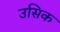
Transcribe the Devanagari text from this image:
उसिक